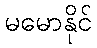
မမောနိုင်